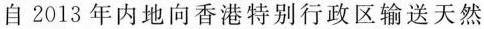
自2013年内地向香港特别行政区输送天然